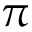
\pi